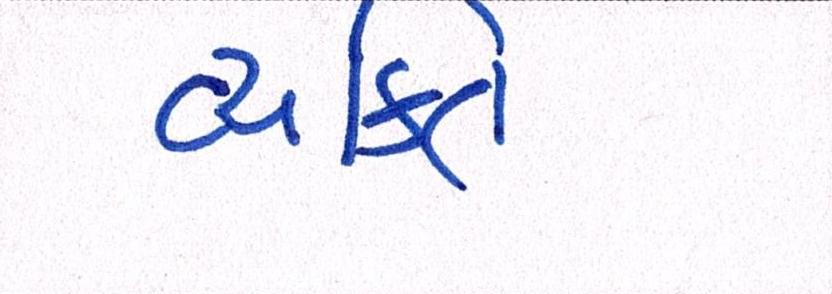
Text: વ્યક્તિ